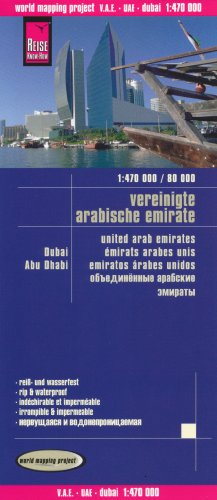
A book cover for United Arab Emirates 1:470,000, Dubai 1:80,000 & Abu Dhabi City, waterproof, GPS-compatible REISE; Reise Knowhow; Travel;